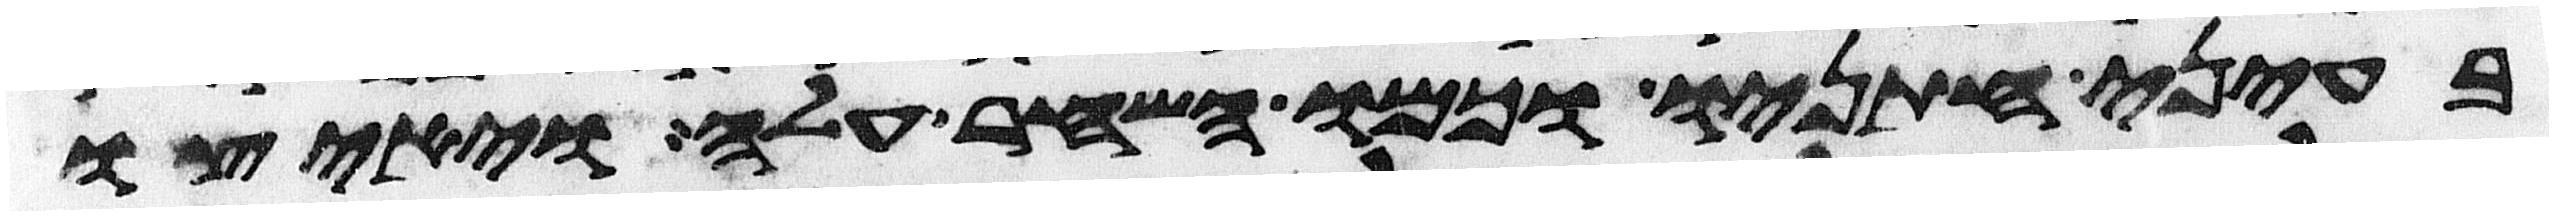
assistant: בעיני חתניו וכמו השחר עלה ויאיצו